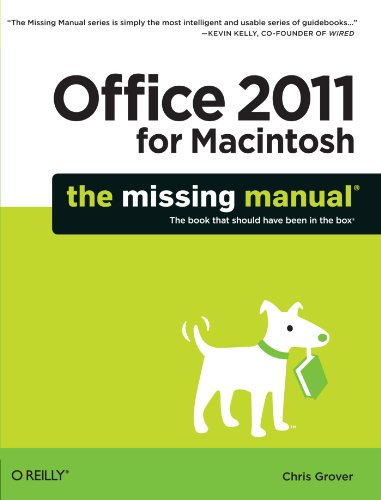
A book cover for Office 2011 for Macintosh: The Missing Manual; Chris Grover; Computers & Technology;